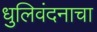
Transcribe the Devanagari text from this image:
धुलिवंदनाचा